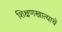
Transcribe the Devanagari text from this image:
शिक्षणखात्याचे